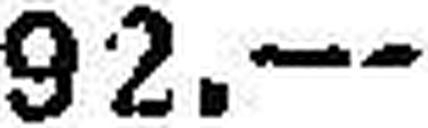
92.—